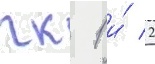
гк 1 и́ 2